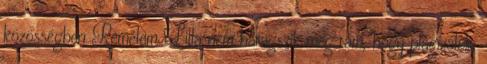
közösségben Remélem Lilla nem haragszik meg rám, hogy plagizálok,